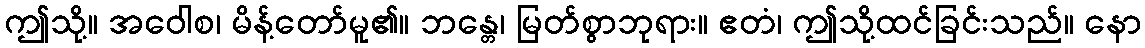
ဤသို့။ အဝေါစ၊ မိန့်တော်မူ၏။ ဘန္တေ၊ မြတ်စွာဘုရား။ ဧတံ၊ ဤသို့ထင်ခြင်းသည်။ နော